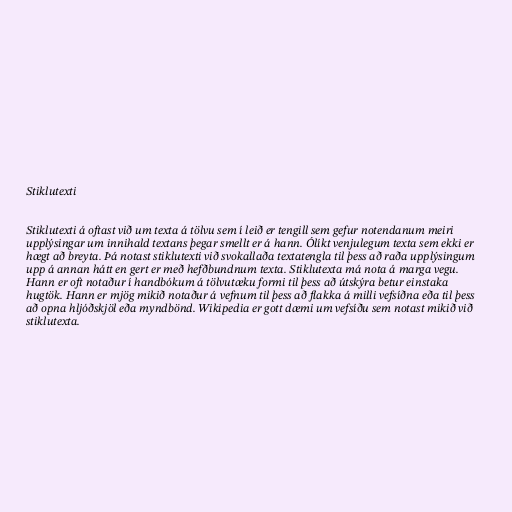
Stiklutexti

Stiklutexti á oftast við um texta á tölvu sem í leið er tengill sem gefur notendanum meiri
upplýsingar um innihald textans þegar smellt er á hann. Ólíkt venjulegum texta sem ekki er
hægt að breyta. Þá notast stiklutexti við svokallaða textatengla til þess að raða upplýsingum
upp á annan hátt en gert er með hefðbundnum texta. Stiklutexta má nota á marga vegu.
Hann er oft notaður í handbókum á tölvutæku formi til þess að útskýra betur einstaka
hugtök. Hann er mjög mikið notaður á vefnum til þess að flakka á milli vefsíðna eða til þess
að opna hljóðskjöl eða myndbönd. Wikipedia er gott dæmi um vefsíðu sem notast mikið við
stiklutexta.